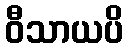
ဝီသာယပိ